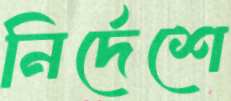
নির্দেশে